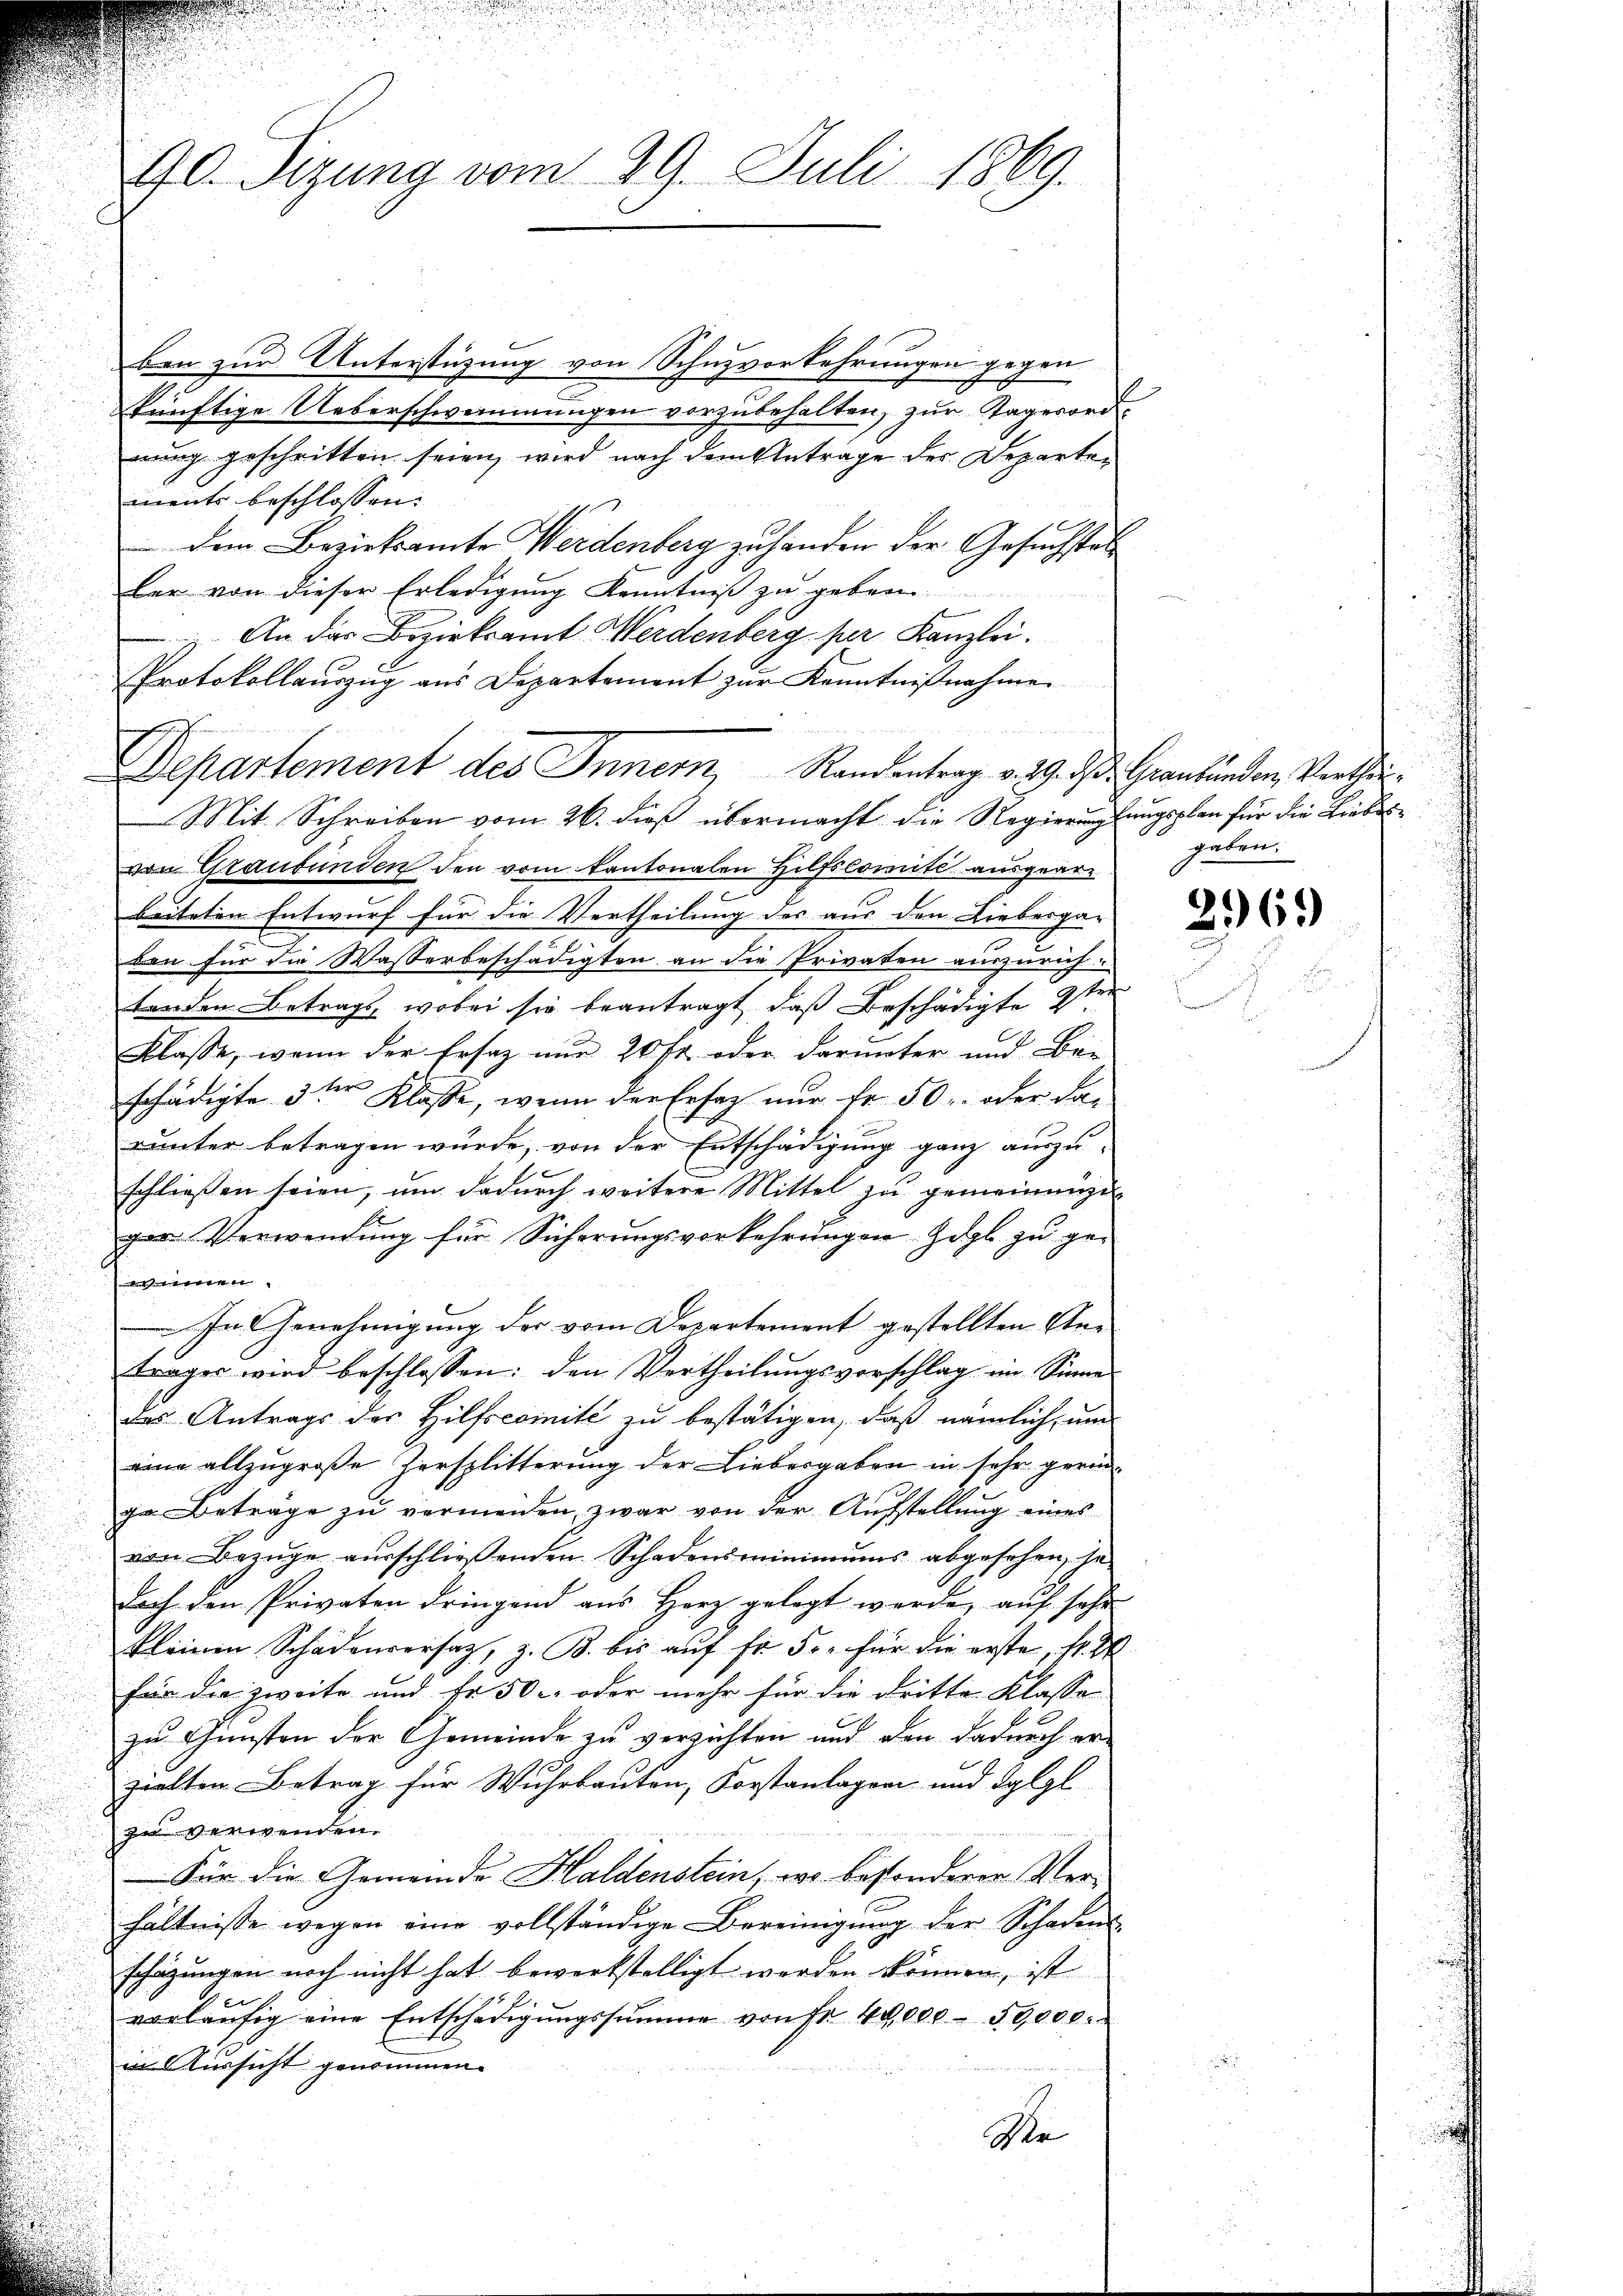
ben zur Unterstüzung von Schnzvorkehrungen gegen
künftige Ueberschwemmungen vorzubehalten, zur Tagerord-
mung geschritten seien, wird nach dem Antrage der Departen
ments beschlossen:
dem Bezirksamte Werdenberg zu handen der Gesuchstaller von dieser Erledigŭng Kenntniβ zŭ geben
 An das Bezirksamt Merdenberg per Kanzlei.
Protokollauszug aus Departement zur Kenntnißnahme
Mit Schreiben vom 26. dieß übermacht die Regierungsungsplan für die Liebesvon Graubünden den vom Kantonalen Hilfscomite ausgearbeiteten Entwurf für die Vertheilung des aus den Liebesga-
den für die Wasserbeschädigten an die Privaten auszurich-
tenden Betrags, wobei sie beantragt, daß Beschädigte 9ten
Klasse, wenn der Ersatz nur 20 Fr. oder darunter und Be-
schädigte 3ter Klasse, wenn der Erfag nur fr. 50 r. oder Farunter betragen würde, von der Entschädigung ganz auszu-
schließen seien, um dadurch weitere Mittel zu gemeinnige
ger Verwendung für Sicherungsvorkehrungen Zögl zu geststehen |
In Genehmigung der vom Departement gestellten Anträger wird beschlossen: den Vertheilungsvorschlag im Sinne
das Antrags des Hilfscomite zu bestätigen, daß nämlich, um
eine allzugroße Zersplitterung der Liebesgaben in sehr geringe Beträge zŭ vermeiden, zwar von der Aŭfstellŭng eines
von Bezüge ausschließenden Schadensminimums abgesehen, ha
doch den Privaten dringend aus Herz gelegt werde, auf sehr
kleinen Schadenversatz, z. B. bis auf Fr. 50. für die erste, fl. 2
für die zweite und Fr. 50. oder mehr für die dritte Klasse
zu Gunsten der Gemeinde zu verzichten und den dadurch erzielten Betrag für Wuhrbauten, Forstanlagen und Folgl
zu verwenden.
Für die Gemeinde Haldenstein, wo besonderer Verhältnisse wegen eine vollständige Bereinigŭng der Schadens-
schätzungen noch nicht hat bewerkstelligt werden können, ist
er
vorläufig eine Entschädigungssumme von Fr. 40,000 - 50,000.
in Aussicht genommen.
Ver

90. Sizung vom 29. Juli 1869.

Departement des Inner, Randentrag v. 29. ds. Graubünden, Verthei¬

gaben.

2969)